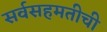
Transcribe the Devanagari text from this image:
सर्वसहमतीची